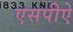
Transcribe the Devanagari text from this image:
एसपीऐ